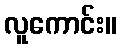
လူကောင်း။